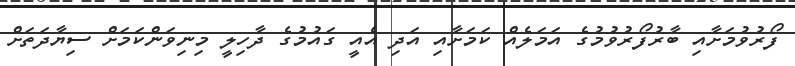
ފޯރުވުމަށާއި ބާރުފޯރުވުމުގެ އަމަލެއް ކަމަށާއި އަދި އެއީ ގައުމުގެ ދާހިލީ މިނިވަންކަމަށް ސިޔާދަތަށް